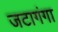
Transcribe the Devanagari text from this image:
जटागंगा